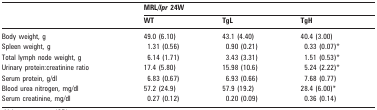
<table><thead><tr><td rowspan="2"></td><td colspan="3"><b>MRL/<i>lpr</i> 24W</b></td></tr><tr><td><b>WT</b></td><td><b>TgL</b></td><td><b>TgH</b></td></tr></thead><tbody><tr><td>Body weight, g</td><td>49.0 (6.10)</td><td>43.1 (4.40)</td><td>40.4 (3.00)</td></tr><tr><td>Spleen weight, g</td><td>1.31 (0.56)</td><td>0.90 (0.21)</td><td>0.33 (0.07)*</td></tr><tr><td>Total lymph node weight, g</td><td>6.14 (1.71)</td><td>3.43 (3.31)</td><td>1.51 (0.53)*</td></tr><tr><td>Urinary protein:creatinine ratio</td><td>17.4 (5.80)</td><td>15.98 (10.6)</td><td>5.24 (2.22)*</td></tr><tr><td>Serum protein, g/dl</td><td>6.83 (0.67)</td><td>6.93 (0.66)</td><td>7.68 (0.77)</td></tr><tr><td>Blood urea nitrogen, mg/dl</td><td>57.2 (24.9)</td><td>57.9 (19.2)</td><td>28.4 (6.00)*</td></tr><tr><td>Serum creatinine, mg/dl</td><td>0.27 (0.12)</td><td>0.20 (0.09)</td><td>0.36 (0.14)</td></tr></tbody></table>